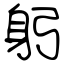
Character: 躬